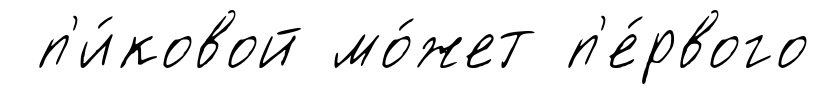
п'и́ковой мо́жет п'е́рвого